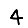
Digit: 4